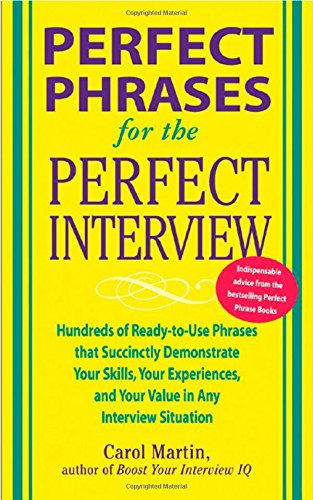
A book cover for Perfect Phrases for the Perfect Interview: Hundreds of Ready-to-Use Phrases That Succinctly Demonstrate Your Skills, Your Experience and Your Value in Any Interview Situation (Perfect Phrases Series); Carole Martin; Business & Money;